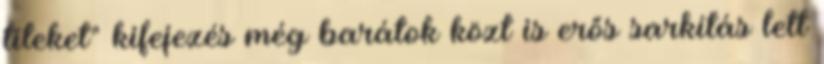
titeket" kifejezés még barátok közt is erős sarkítás lett